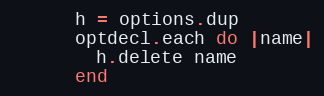
Language: Ruby
      h = options.dup
      optdecl.each do |name|
        h.delete name
      end